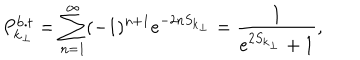
LaTeX: P _ { { \bf k } _ { \perp } } ^ { \mathrm { b . t } } = \sum _ { n = 1 } ^ { \infty } ( - 1 ) ^ { n + 1 } e ^ { - 2 n S _ { { \bf k } _ { \perp } } } = \frac { 1 } { e ^ { 2 S _ { { \bf k } _ { \perp } } } + 1 } ,